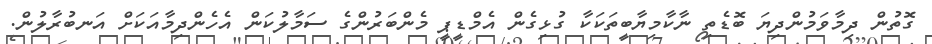
ގޮތުން ދިމާވަމުންދިޔަ ބޮޑެތި ނާކާމިޔާބީތަކަކާ ގުޅިގެން އެމްޑީޕީ މެންބަރުންގެ ސަމާލުކަން އެހެންދިމާއަކަށް އަނބުރާލުން.